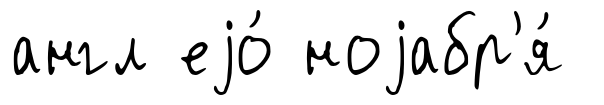
англ еjо́ ноjабр'я́